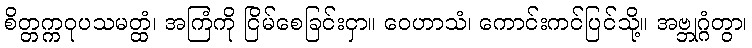
စိတ္တက္ကဝုပသမတ္ထံ၊ အကြံကို ငြိမ်စေခြင်းငှာ။ ဝေဟာသံ၊ ကောင်းကင်ပြင်သို့။ အဗ္ဘုဂ္ဂံတွာ၊